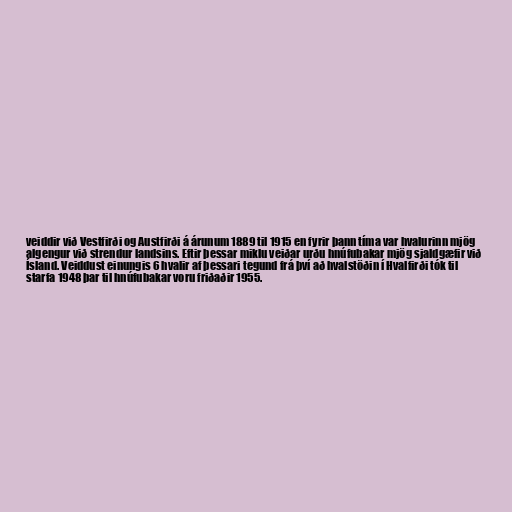
veiddir við Vestfirði og Austfirði á árunum 1889 til 1915 en fyrir þann tíma var hvalurinn mjög
algengur við strendur landsins. Eftir þessar miklu veiðar urðu hnúfubakar mjög sjaldgæfir við
Ísland. Veiddust einungis 6 hvalir af þessari tegund frá því að hvalstöðin í Hvalfirði tók til
starfa 1948 þar til hnúfubakar voru friðaðir 1955.